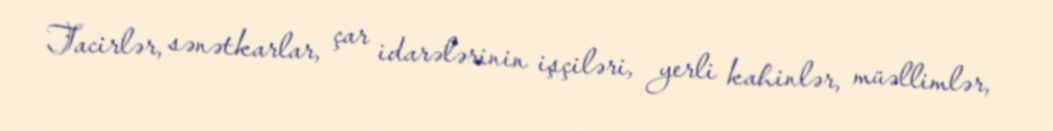
Tacirlər, sənətkarlar, çar idarələrinin işçiləri, yerli kahinlər, müəllimlər,